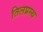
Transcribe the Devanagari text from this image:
तिलप्रस्थ